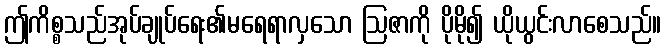
ဤကိစ္စသည်အုပ်ချုပ်ရေး၏မရေရာလှသော ဩဇာကို ပိုမို၍ ယိုယွင်းလာစေသည်။